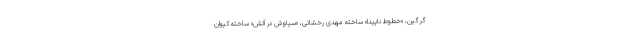
گرگین، «خطوط ناپیدا»‌ ساخته مهدی رخشانی، «سیاوش در آتش» ساخته کیوان